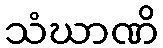
သံဃာဏိ